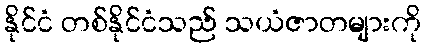
နိုင်ငံ တစ်နိုင်ငံသည် သယံဇာတများကို